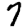
Digit: 7